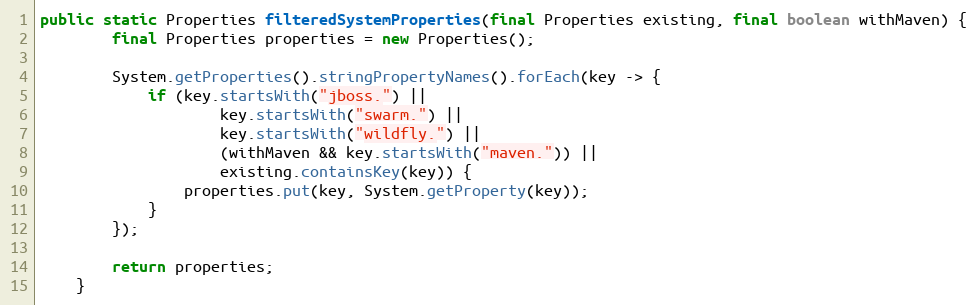
Language: Java
public static Properties filteredSystemProperties(final Properties existing, final boolean withMaven) {
        final Properties properties = new Properties();

        System.getProperties().stringPropertyNames().forEach(key -> {
            if (key.startsWith("jboss.") ||
                    key.startsWith("swarm.") ||
                    key.startsWith("wildfly.") ||
                    (withMaven && key.startsWith("maven.")) ||
                    existing.containsKey(key)) {
                properties.put(key, System.getProperty(key));
            }
        });

        return properties;
    }